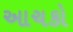
આચકો